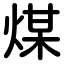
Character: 煤